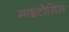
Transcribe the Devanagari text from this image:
माइटोसिस